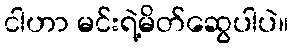
ငါဟာ မင်းရဲ့မိတ်ဆွေပါပဲ။